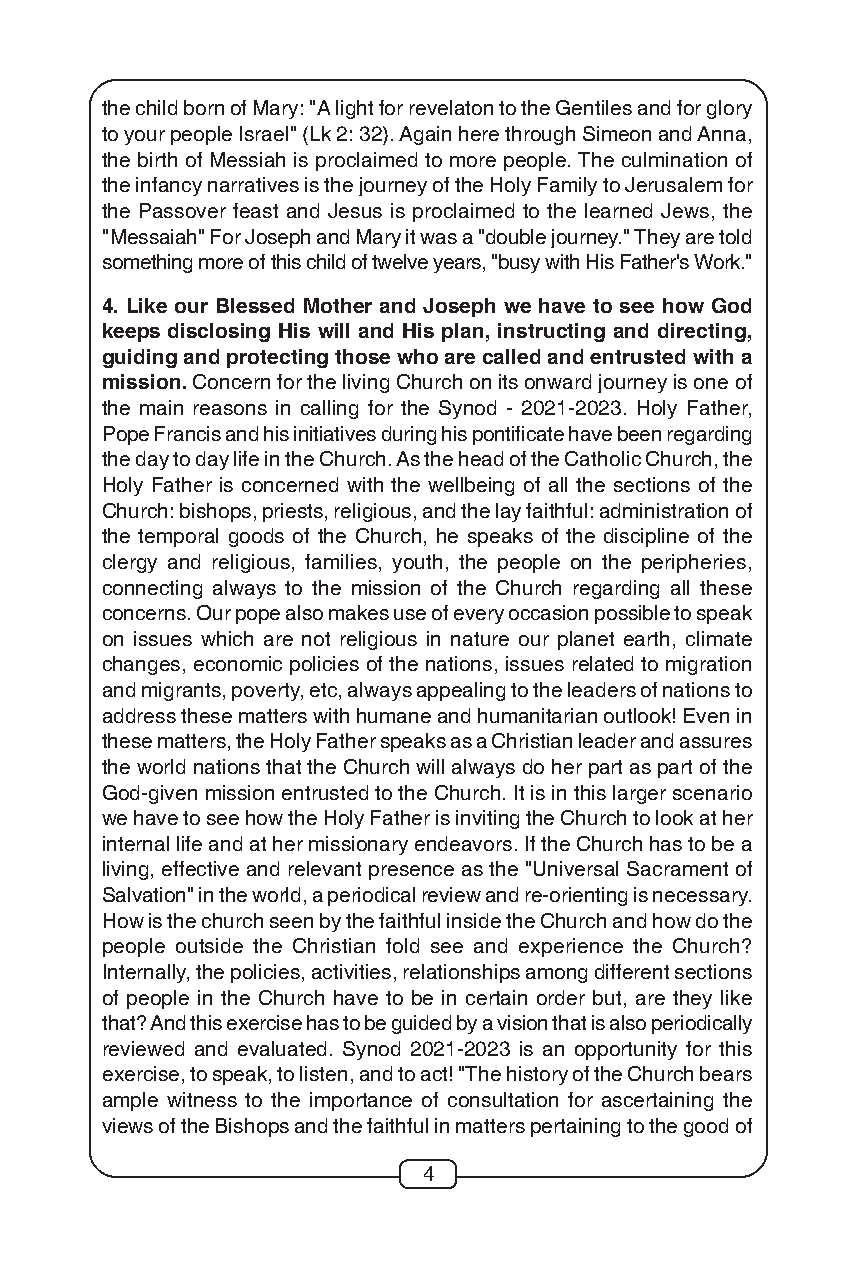
the child born of Mary: "A light for revelaton to the Gentiles and for glory
 to your people Israel" (Lk 2: 32). Again here through Simeon and Anna,
 the birth of Messiah is proclaimed to more people. The culmination of
 the infancy narratives is the journey of the Holy Family to Jerusalem for
 the Passover feast and Jesus is proclaimed to the learned Jews, the
 "Messaiah" For Joseph and Mary it was a "double journey." They are told
 something more of this child of twelve years, "busy with His Father's Work."
 4. Like our Blessed Mother and Joseph we have to see how God
 keeps disclosing His will and His plan, instructing and directing,
 guiding and protecting those who are called and entrusted with a
 mission. Concern for the living Church on its onward journey is one of
 the main reasons in calling for the Synod - 2021-2023. Holy Father,
 Pope Francis and his initiatives during his pontificate have been regarding
 the day to day life in the Church. As the head of the Catholic Church, the
 Holy Father is concerned with the wellbeing of all the sections of the
 Church: bishops, priests, religious, and the lay faithful: administration of
 the temporal goods of the Church, he speaks of the discipline of the
 clergy and religious, families, youth, the people on the peripheries,
 connecting always to the mission of the Church regarding all these
 concerns. Our pope also makes use of every occasion possible to speak
 on issues which are not religious in nature our planet earth, climate
 changes, economic policies of the nations, issues related to migration
 and migrants, poverty, etc, always appealing to the leaders of nations to
 address these matters with humane and humanitarian outlook! Even in
 these matters, the Holy Father speaks as a Christian leader and assures
 the world nations that the Church will always do her part as part of the
 God-given mission entrusted to the Church. It is in this larger scenario
 we have to see how the Holy Father is inviting the Church to look at her
 internal life and at her missionary endeavors. If the Church has to be a
 living, effective and relevant presence as the "Universal Sacrament of
 Salvation" in the world, a periodical review and re-orienting is necessary.
 How is the church seen by the faithful inside the Church and how do the
 people outside the Christian fold see and experience the Church?
 Internally, the policies, activities, relationships among different sections
 of people in the Church have to be in certain order but, are they like
 that? And this exercise has to be guided by a vision that is also periodically
 reviewed and evaluated. Synod 2021-2023 is an opportunity for this
 exercise, to speak, to listen, and to act! "The history of the Church bears
 ample witness to the importance of consultation for ascertaining the
 views of the Bishops and the faithful in matters pertaining to the good of
 4